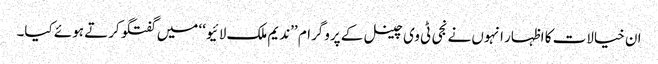
ان خیالات کا اظہار انہوں نے نجی ٹی وی چینل کے پروگرام ’’ندیم ملک لائیو‘‘ میں گفتگو کرتے ہوئے کیا۔